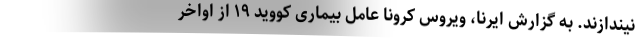
نیندازند. به گزارش ایرنا، ویروس کرونا عامل بیماری کووید ۱۹ از اواخر